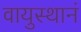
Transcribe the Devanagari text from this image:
वायुस्थानं